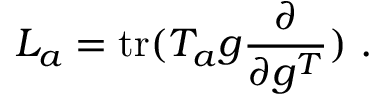
L _ { a } = \mathrm { t r } ( T _ { a } g \frac { \partial } { \partial g ^ { T } } ) ~ .